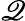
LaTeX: \mathscr{Q}